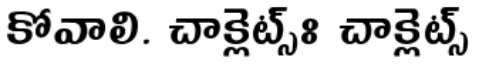
కోవాలి. చాక్లెట్స్ః చాక్లెట్స్